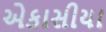
એકાસીયા